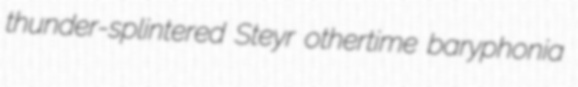
thunder-splintered Steyr othertime baryphonia